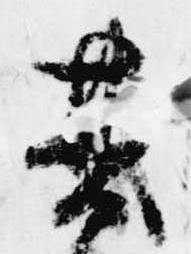
其